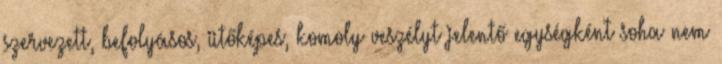
szervezett, befolyásos, ütőképes, komoly veszélyt jelentő egységként soha nem